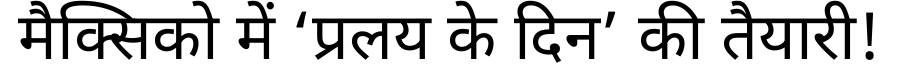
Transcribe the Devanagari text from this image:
मैक्सिको में ‘प्रलय के दिन’ की तैयारी!